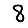
Digit: 8